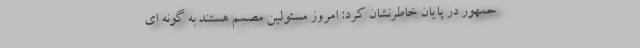
‌جمهور در پایان خاطرنشان کرد: امروز مسئولین مصمم هستند به گونه ای